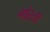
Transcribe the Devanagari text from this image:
गोस्ता